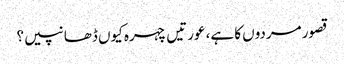
قصور مردوں کا ہے، عورتیں چہرہ کیوں ڈھانپیں؟